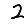
Digit: 2